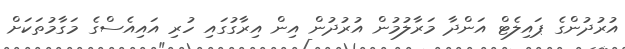
އުރުދުންގެ ޕައިލެޓް އަންދާ މަރާލުމުން އުރުދުން އިން އިރާގުގައި ހުރި އައިއެސްގެ މަގާމުތަކަށް